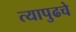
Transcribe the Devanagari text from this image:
त्यापुढचे